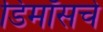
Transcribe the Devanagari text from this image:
डिमॉसचे